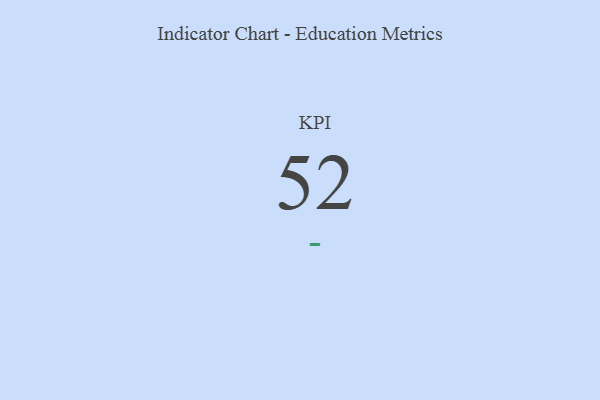
{"axis": {"x": "KPI", "y": "Value"}, "legend": [""], "data": [{"x": "KPI", "y": 52, "type": ""}]}